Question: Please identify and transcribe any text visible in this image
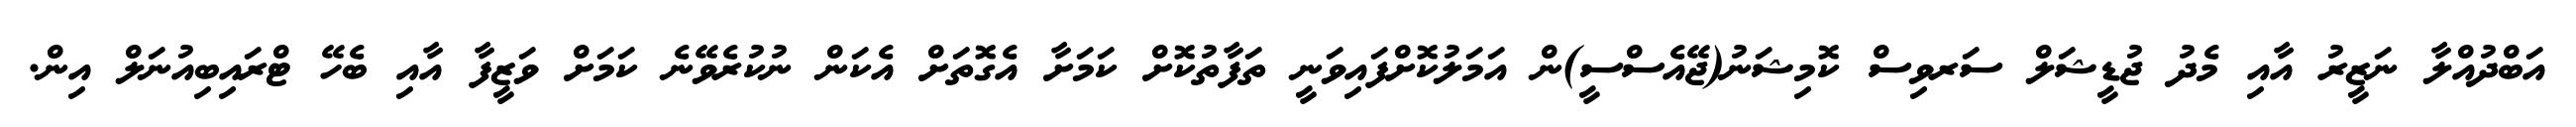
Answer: އަބްދުއްލާ ނަޒީރު އާއި މެދު ޖުޑީޝަލް ސަރވިސް ކޮމިޝަނު(ޖޭއެސްސީ)ން އަމަލުކޮށްފައިވަނީ ތަފާތުކޮށް ކަމަށާ އެގޮތަށް އެކަން ނުކުރެވޭނެ ކަމަށް ވަޒީފާ އާއި ބެހޭ ޓްރައިބިއުނަލް އިން.